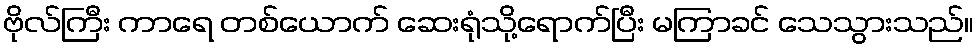
ဗိုလ်ကြီး ကာရေ တစ်ယောက် ဆေးရုံသို့ရောက်ပြီး မကြာခင် သေသွားသည်။